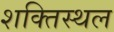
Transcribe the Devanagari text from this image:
शक्तिस्थल